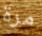
مرة